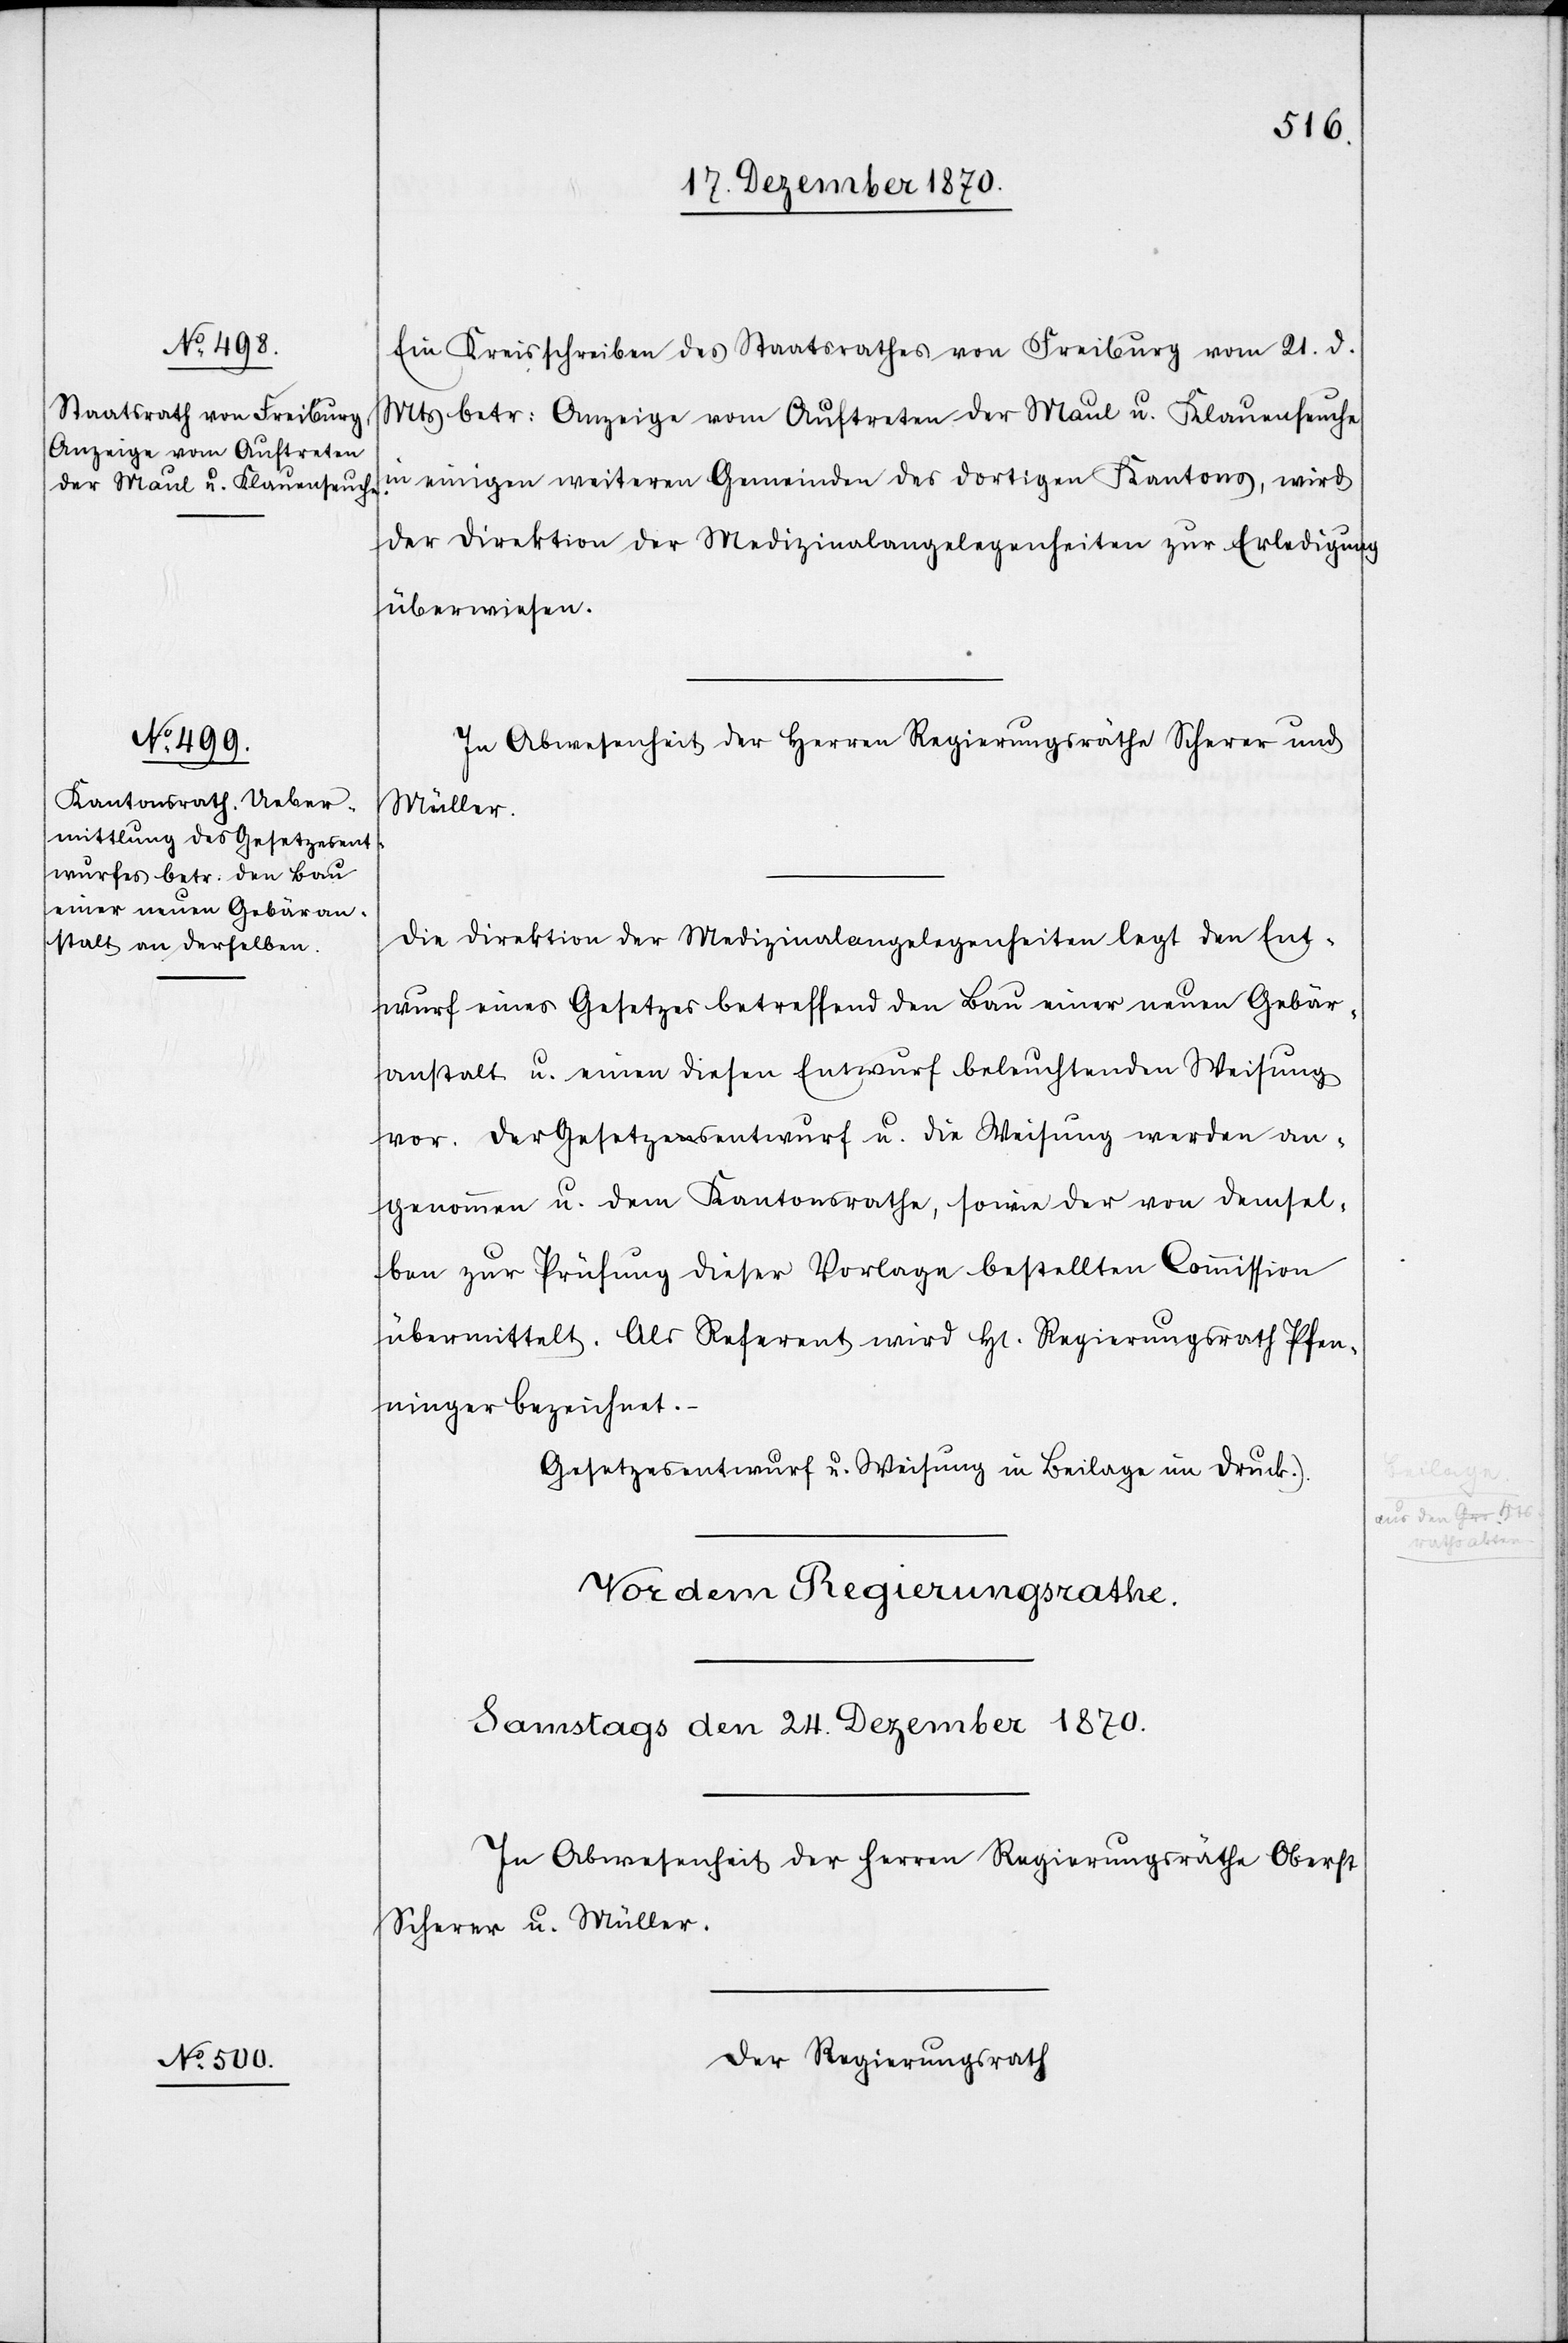
Ein Kreisschreiben des Staatsrathes von Freiburg vom 21. d.
Mts betr: Anzeige vom Auftreten der Maul u. Klauenseuche
in einigen weiteren Gemeinden des dortigen Kantons, wird
der Direktion der Medizinalangelegenheiten zur Erledigung
überwiesen.
In Abwesenheit der Herren Regierungsräthe Scherer und
Müller.
Die Direktion der Medizinalangelegenheiten legt den Ent¬
wurf eines Gesetzes betreffend den Bau einer neuen Gebär¬
anstalt u. eine diesen Entwurf beleuchtende Weisung
vor. Der Gesetzesentwurf u. die Weisung werden an¬
genommen u. dem Kantonsrathe, sowie der von demsel¬
ben zur Prüfung dieser Vorlage bestellten Commission
übermittelt. Als Referent wird H[err] Regierungsrath Pfen¬
ninger bezeichnet.
(Gesetzesentwurf u. Weisung in Beilage im Druck.)
Der Regierungsrath